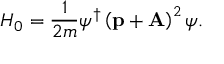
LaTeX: { \cal H } _ { 0 } = { \frac { 1 } { 2 m } } \psi ^ { \dag } \left( \mathrm { \bf p } + \mathrm { \bf A } \right) ^ { 2 } \psi .